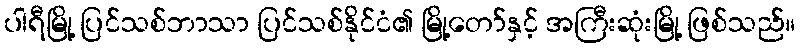
ပါရီမြို့ ပြင်သစ်ဘာသာ ပြင်သစ်နိုင်ငံ၏ မြို့တော်နှင့် အကြီးဆုံးမြို့ ဖြစ်သည်။